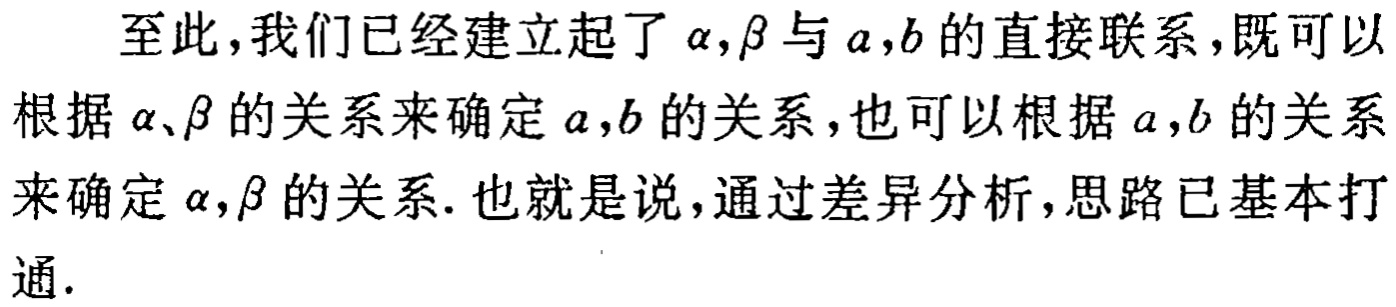
至此，我们已经建立起了$\alpha,\beta$与$a,b$的直接联系，既可以根据$\alpha、\beta$的关系来确定$a,b$的关系，也可以根据$a,b$的关系来确定$\alpha,\beta$的关系. 也就是说，通过差异分析，思路已基本打通.